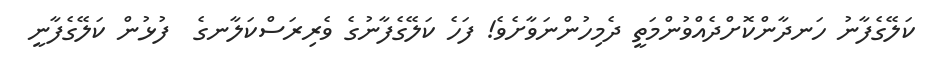
ކަލޭގެފާނު ހަނދާންކޮށްދެއްވުންމަތީ ދެމިހުންނަވާށެވެ! ފަހެ ކަލޭގެފާނުގެ ވެރިރަސްކަލާނގެ  ފުޅުން ކަލޭގެފާނީ